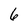
Character: 6